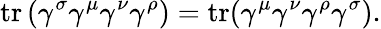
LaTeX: \operatorname{tr}\left(\gamma^{\sigma}\gamma^{\mu}\gamma^{\nu}\gamma^{\rho}\right)=\operatorname{tr}(\gamma^{\mu}\gamma^{\nu}\gamma^{\rho}\gamma^{\sigma}).